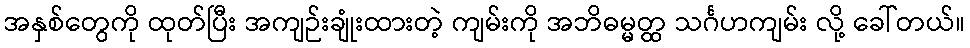
အနှစ်တွေကို ထုတ်ပြီး အကျဉ်းချုံးထားတဲ့ ကျမ်းကို အဘိဓမ္မတ္ထ သင်္ဂဟကျမ်း လို့ ခေါ်တယ်။